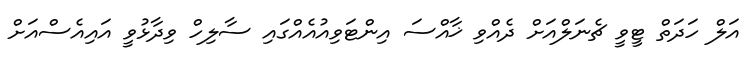
އަލް ހަދަތް ޓީވީ ޗެނަލްއަށް ދެއްވި ޚާއްސަ އިންޓަވިއުއެއްގައި ސާލިހް ވިދާޅުވީ އައިއެސްއަށް